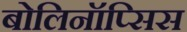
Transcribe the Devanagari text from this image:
बोलिनॉप्सिस